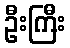
ဦးကြီး